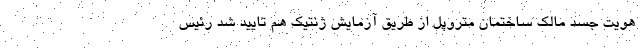
هویت جسد مالک ساختمان متروپل از طریق آزمایش ژنتیک هم تایید شد رئیس